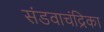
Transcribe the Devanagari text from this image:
संडवाचंद्रिका